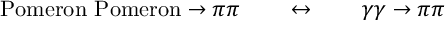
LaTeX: \mathrm { P o m e r o n ~ P o m e r o n } \to \pi \pi \qquad \leftrightarrow \qquad \gamma \gamma \to \pi \pi